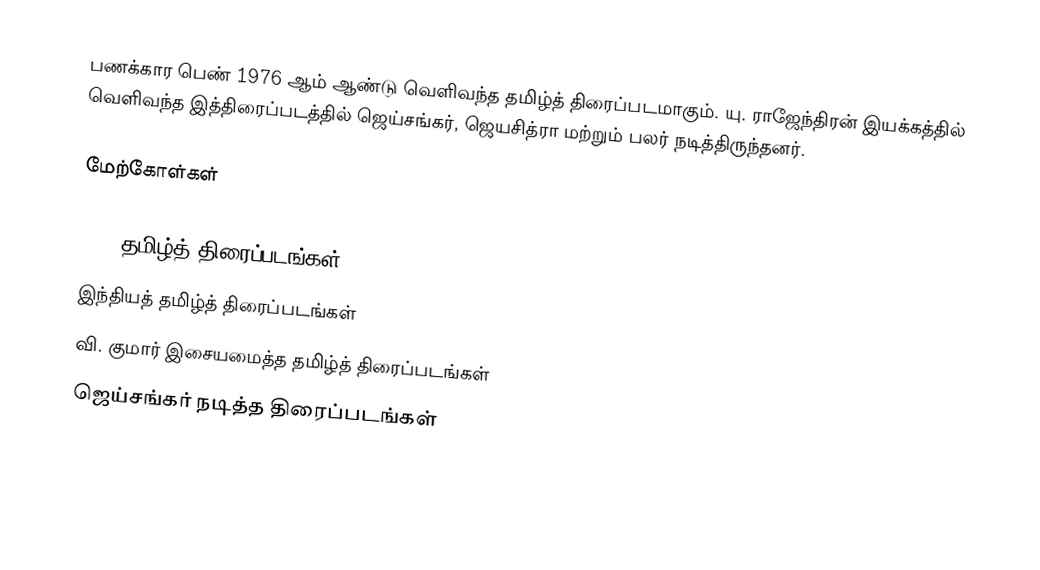
பணக்கார பெண் 1976 ஆம் ஆண்டு வெளிவந்த தமிழ்த் திரைப்படமாகும். யு. ராஜேந்திரன் இயக்கத்தில் வெளிவந்த இத்திரைப்படத்தில் ஜெய்சங்கர், ஜெயசித்ரா மற்றும் பலர் நடித்திருந்தனர்.

மேற்கோள்கள்

1976 தமிழ்த் திரைப்படங்கள்
இந்தியத் தமிழ்த் திரைப்படங்கள்
வி. குமார் இசையமைத்த தமிழ்த் திரைப்படங்கள்
ஜெய்சங்கர் நடித்த திரைப்படங்கள்